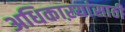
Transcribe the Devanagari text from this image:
अधिकाऱयांसाठी